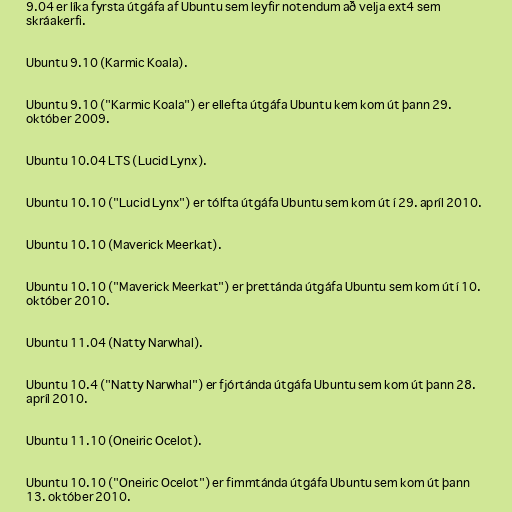
9.04 er líka fyrsta útgáfa af Ubuntu sem leyfir notendum að velja ext4 sem
skráakerfi.

Ubuntu 9.10 (Karmic Koala).

Ubuntu 9.10 ("Karmic Koala") er ellefta útgáfa Ubuntu kem kom út þann 29.
október 2009.

Ubuntu 10.04 LTS (Lucid Lynx).

Ubuntu 10.10 ("Lucid Lynx") er tólfta útgáfa Ubuntu sem kom út í 29. apríl 2010.

Ubuntu 10.10 (Maverick Meerkat).

Ubuntu 10.10 ("Maverick Meerkat") er þrettánda útgáfa Ubuntu sem kom út í 10.
október 2010.

Ubuntu 11.04 (Natty Narwhal).

Ubuntu 10.4 ("Natty Narwhal") er fjórtánda útgáfa Ubuntu sem kom út þann 28.
apríl 2010.

Ubuntu 11.10 (Oneiric Ocelot).

Ubuntu 10.10 ("Oneiric Ocelot") er fimmtánda útgáfa Ubuntu sem kom út þann
13. október 2010.